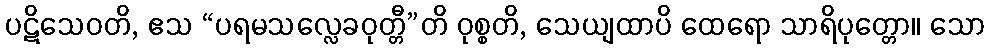
ပဋိသေဝတိ, ဧသ “ပရမသလ္လေခဝုတ္တီ”တိ ဝုစ္စတိ, သေယျထာပိ ထေရော သာရိပုတ္တော။ သော